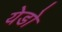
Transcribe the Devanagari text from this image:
येडो